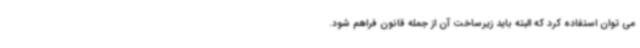
می توان استفاده کرد که البته باید زیرساخت آن از جمله قانون فراهم شود.